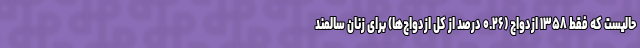
حالیست که فقط ۱۳۵۸ ازدواج (۰.۲۶ درصد از کل ازدواج‌ها) برای زنان سالمند